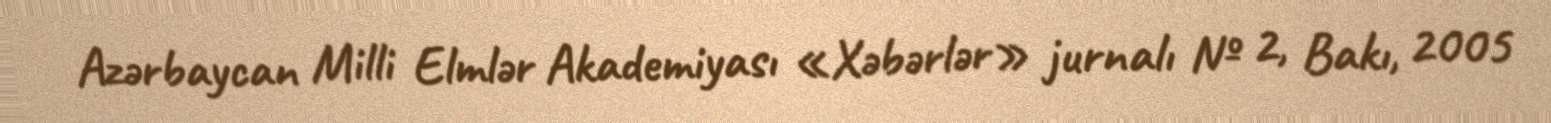
Azərbaycan Milli Elmlər Akademiyası «Xəbərlər» jurnalı № 2, Bakı, 2005